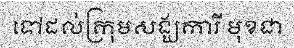
ទៅដល់ក្រុមសង្ឃការី មុខជា